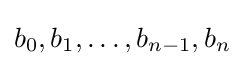
b_{0},b_{1},\dots ,b_{n-1},b_{n}